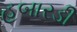
હબારડી